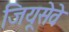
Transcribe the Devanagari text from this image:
जियूसेवे